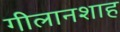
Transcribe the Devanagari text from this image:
गीलानशाह